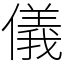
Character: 儀